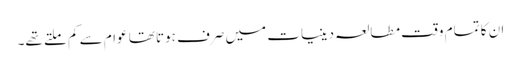
ان کا تمام وقت مطالعہ دینیات میں صرف ہوتا تھا عوام سے کم ملتے تھے۔